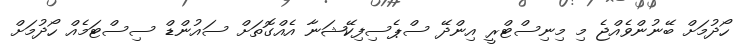
ހޯދުމަށް ބޭނުންވެއްޖެ މި މިނިސްޓްރީ އިންދޭ ސްޕެސިފިކޭޝަނާ އެއްގޮތަށް ސައުންޑް ސިސްޓަމެއް ހޯދުމަށް